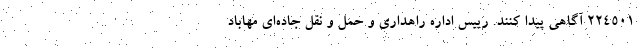
۲۲۴۵۰۱ آگاهی پیدا کنند. رییس اداره راهداری و حمل و نقل جاده‌ای مهاباد